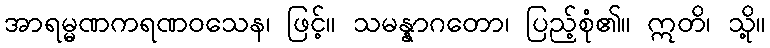
အာရမ္မဏကရဏဝသေန၊ ဖြင့်။ သမန္နာဂတော၊ ပြည့်စုံ၏။ ဣတိ၊ သို့။